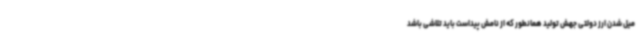
میل شدن ارز دولتی جهش تولید همانطور که از نامش پیداست باید تلاشی باشد